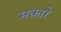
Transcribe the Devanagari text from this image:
मकारे